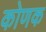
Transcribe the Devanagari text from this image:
कोणक